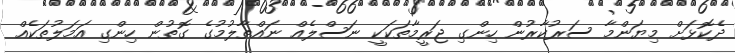
ދެކޮޅަށް މިޔަންމާ ސަރުކާރުން ހިންގި ޖަރީމާތަކަކީ ނަސްލެއް ނައްތާލުމުގެ ގޮތުން ހިންގި އަމަލުތަކެއް